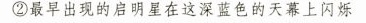
②最早出现的启明星在这深蓝色的天幕上闪烁